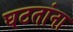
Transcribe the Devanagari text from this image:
घटतांना